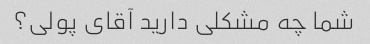
شما چه مشکلی دارید آقای پولی؟